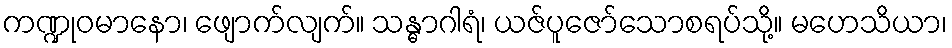
ကဏ္ဍုဝမာနော၊ ဖျောက်လျက်။ သန္ဓာဂါရံ၊ ယဇ်ပူဇော်သောစရပ်သို့။ မဟေသိယာ၊